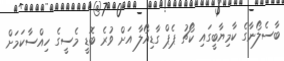
ބާސެލޯނާގެ ކާމިޔާބީގައި ކޯޗު ޕެޕް ގާޑިއޯލާ އަށް ވުރެ ބޮޑީ މެސީގެ ހިއްސާކަމަށް